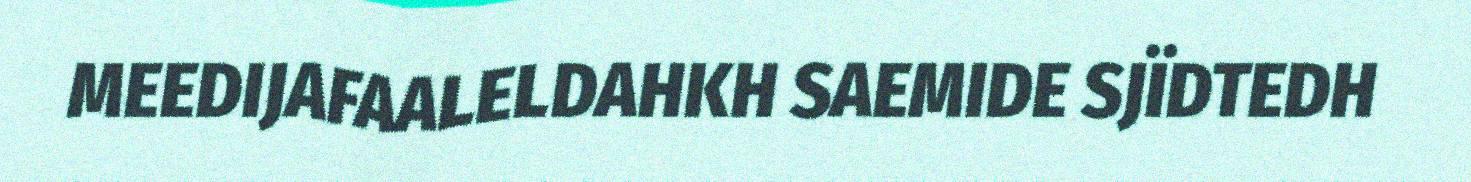
MEEDIJAFAALELDAHKH SAEMIDE SJÏDTEDH